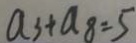
a _ { 3 } + a _ { 8 } = 5